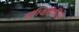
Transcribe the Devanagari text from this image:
सांस्थितिकीय